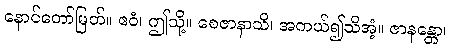
နောင်တော်မြတ်။ ဧဝံ၊ ဤသို့။ စေဇာနာသိ၊ အကယ်၍သိအံ့။ ဇာနန္တော၊